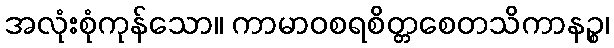
အလုံးစုံကုန်သော။ ကာမာဝစရစိတ္တစေတသိကာနဉ္စ၊